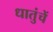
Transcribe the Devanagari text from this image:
धातुंचें